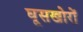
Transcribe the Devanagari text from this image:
घूसखोरों